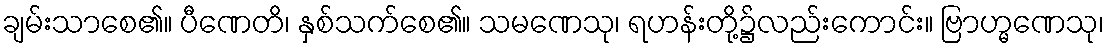
ချမ်းသာစေ၏။ ပီဏေတိ၊ နှစ်သက်စေ၏။ သမဏေသု၊ ရဟန်းတို့၌လည်းကောင်း။ ဗြာဟ္မဏေသု၊